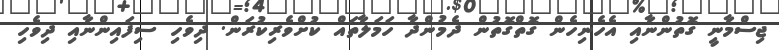
ޖިސްމާނީ ގޮތުންނާއި އެހެނިހެން ގޮތްގޮތުން ދެމުންދާ ހަމަލާތައް ކުށްވެރިކުރަން. ދިވެހި ސިފައިންނާއި ދިވެހި